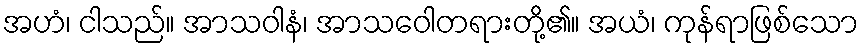
အဟံ၊ ငါသည်။ အာသဝါနံ၊ အာသဝေါတရားတို့၏။ အယံ၊ ကုန်ရာဖြစ်သော